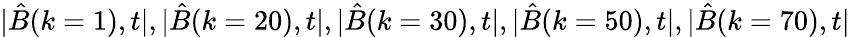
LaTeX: |\hat{B}(k=1),t|,|\hat{B}(k=20),t|,|\hat{B}(k=30),t|,|\hat{B}(k=50),t|,|\hat{B}(k=70),t|